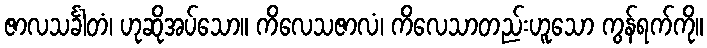
ဇာလသင်္ခါတံ၊ ဟုဆိုအပ်သော။ ကိလေသဇာလံ၊ ကိလေသာတည်းဟူသော ကွန်ရက်ကို။